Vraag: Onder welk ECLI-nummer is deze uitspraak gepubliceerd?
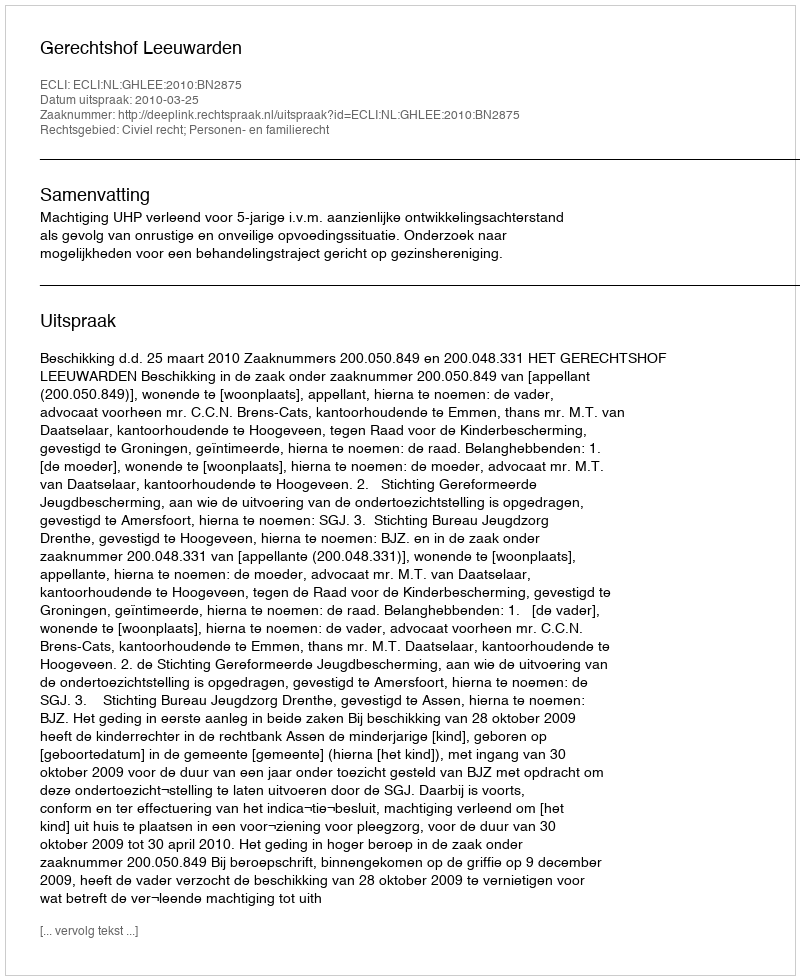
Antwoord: ECLI:NL:GHLEE:2010:BN2875